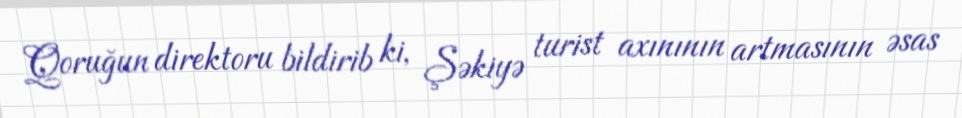
Qoruğun direktoru bildirib ki, Şəkiyə turist axınının artmasının əsas